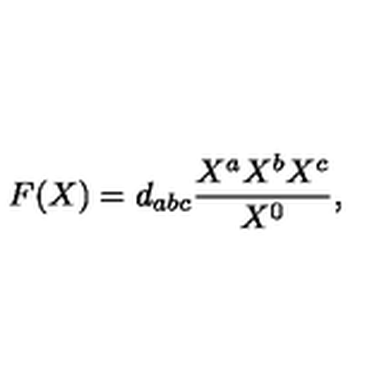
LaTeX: F ( X ) = d _ { a b c } { \frac { X ^ { a } X ^ { b } X ^ { c } } { X ^ { 0 } } } ,